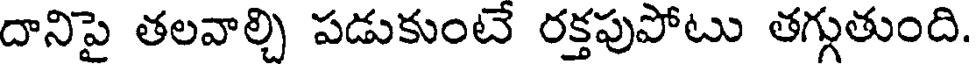
దానిపై తలవాల్చి పడుకుంటే రక్తపుపోటు తగ్గుతుంది.